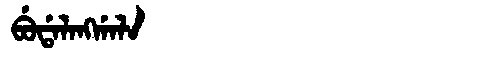
Manchu: ᠪᡠᡩᠠᠯᠠᠩᡤᠠᠯᠠ
Romanization: BUDALANGGALA